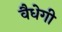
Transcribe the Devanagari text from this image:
वैधेगी